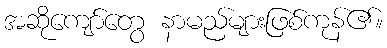
အဆိုကျော်တွေ နာမည်များဖြစ်ကုန်၏။